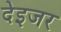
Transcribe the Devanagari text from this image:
देइजर